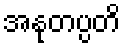
အနုတပ္ပတိ